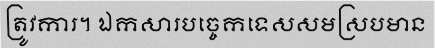
ត្រូវការ។ ឯកសារបច្ចេកទេសសមស្របមាន